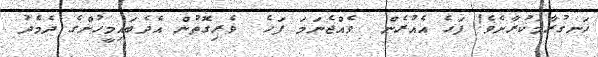
ހަނގުރާމަކުރާށެވެ! ފަހެ އެއުރެން  ވެއްޖެނަމަ ފަހެ  ވެރިގޮތުން އެދެބައިމީހުންގެ ދެމެދު